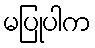
မပြုပါက